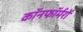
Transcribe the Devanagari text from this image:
कॉनफॉर्मरों